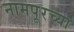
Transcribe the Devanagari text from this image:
नामपूरच्या